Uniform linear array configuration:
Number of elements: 4
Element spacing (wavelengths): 0.5
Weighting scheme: uniform
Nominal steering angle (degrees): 15
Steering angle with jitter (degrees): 14.23
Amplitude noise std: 0.05
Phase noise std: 0.05

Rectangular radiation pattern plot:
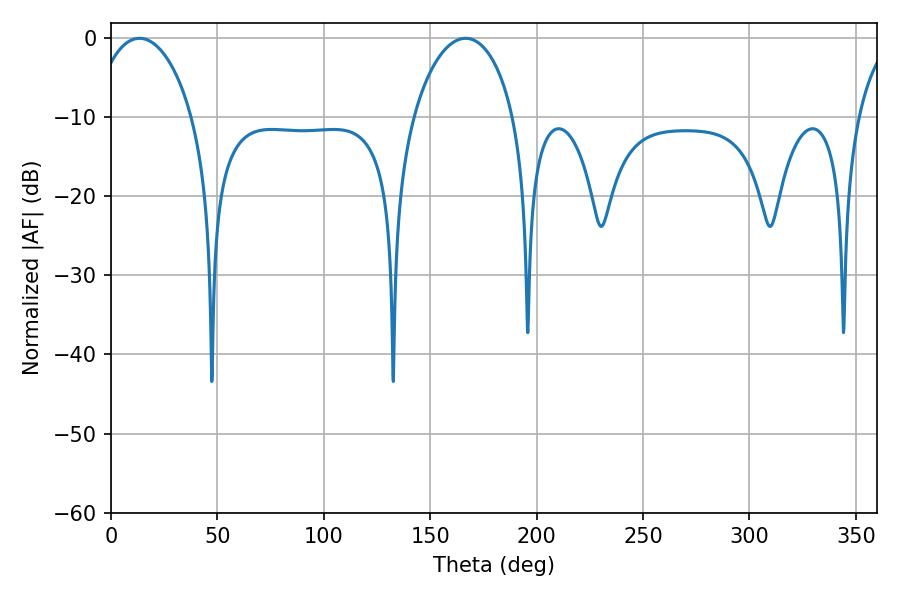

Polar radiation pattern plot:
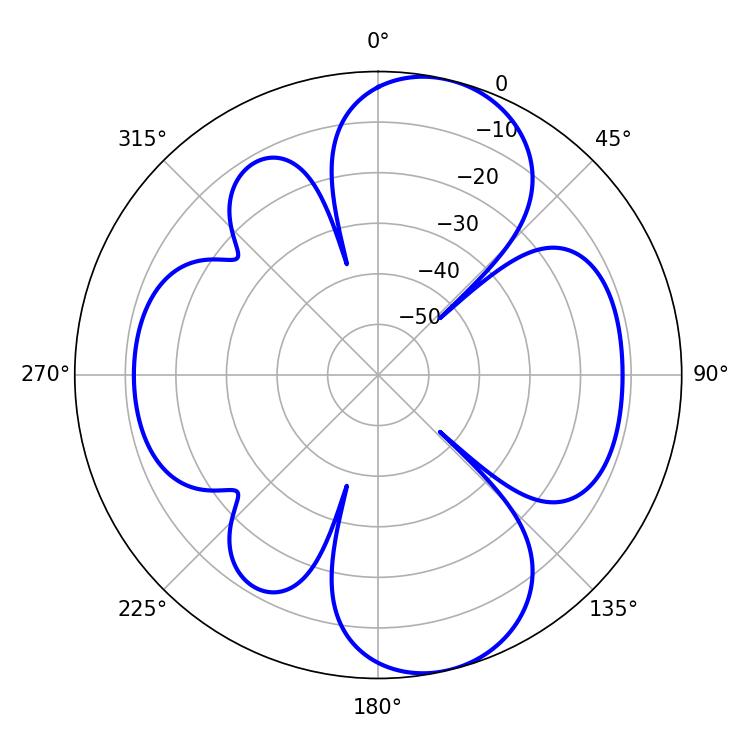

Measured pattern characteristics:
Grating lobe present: FALSE
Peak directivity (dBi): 9.484
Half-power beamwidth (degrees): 27.18
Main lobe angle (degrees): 13.32